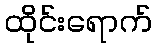
ထိုင်းရောက်